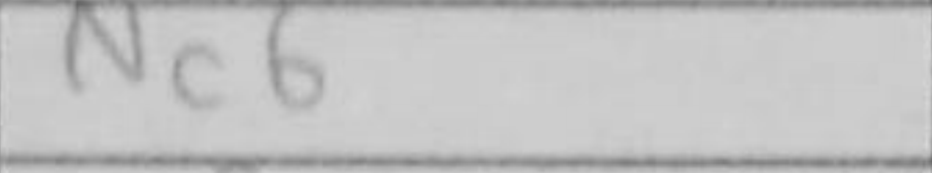
Transcription: Nc6